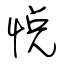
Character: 悅